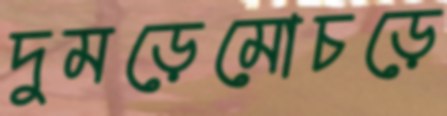
দুমড়েমোচড়ে